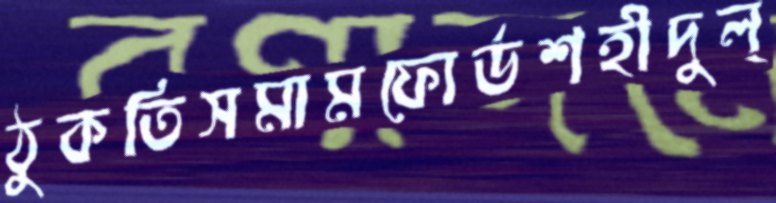
ঠুকতিসমামফোর্ডশহীদুল্